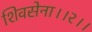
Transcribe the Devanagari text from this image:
शिवसेना।।२।।